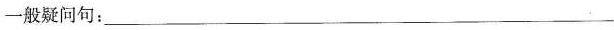
一般疑问句:_______